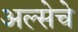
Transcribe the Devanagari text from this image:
अल्सेचे